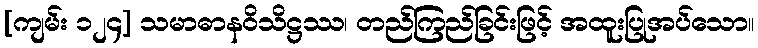
[ကျမ်း ၁၂၄] သမာဓာနဝိသိဋ္ဌဿ၊ တည်ကြည်ခြင်းဖြင့် အထူးပြုအပ်သော။